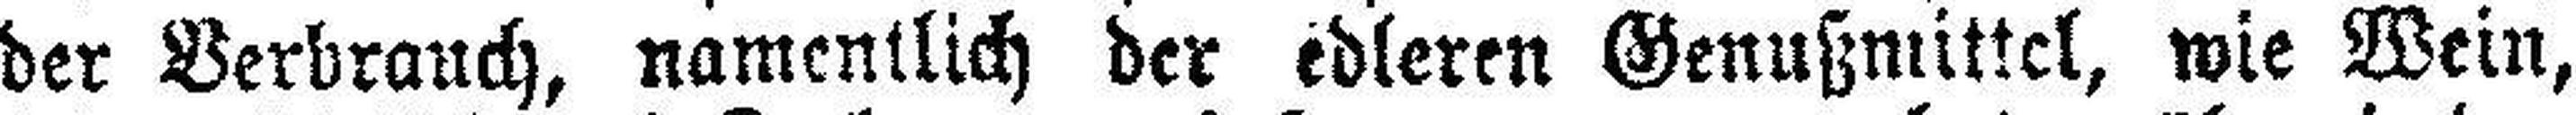
der Verbrauch, namentlich der edleren Genußmittel, wie Wein,